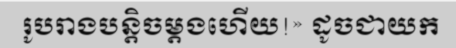
រូបរាងបន្តិចម្តងហើយ!» ដូចជាយក